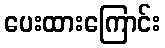
ပေးထားကြောင်း